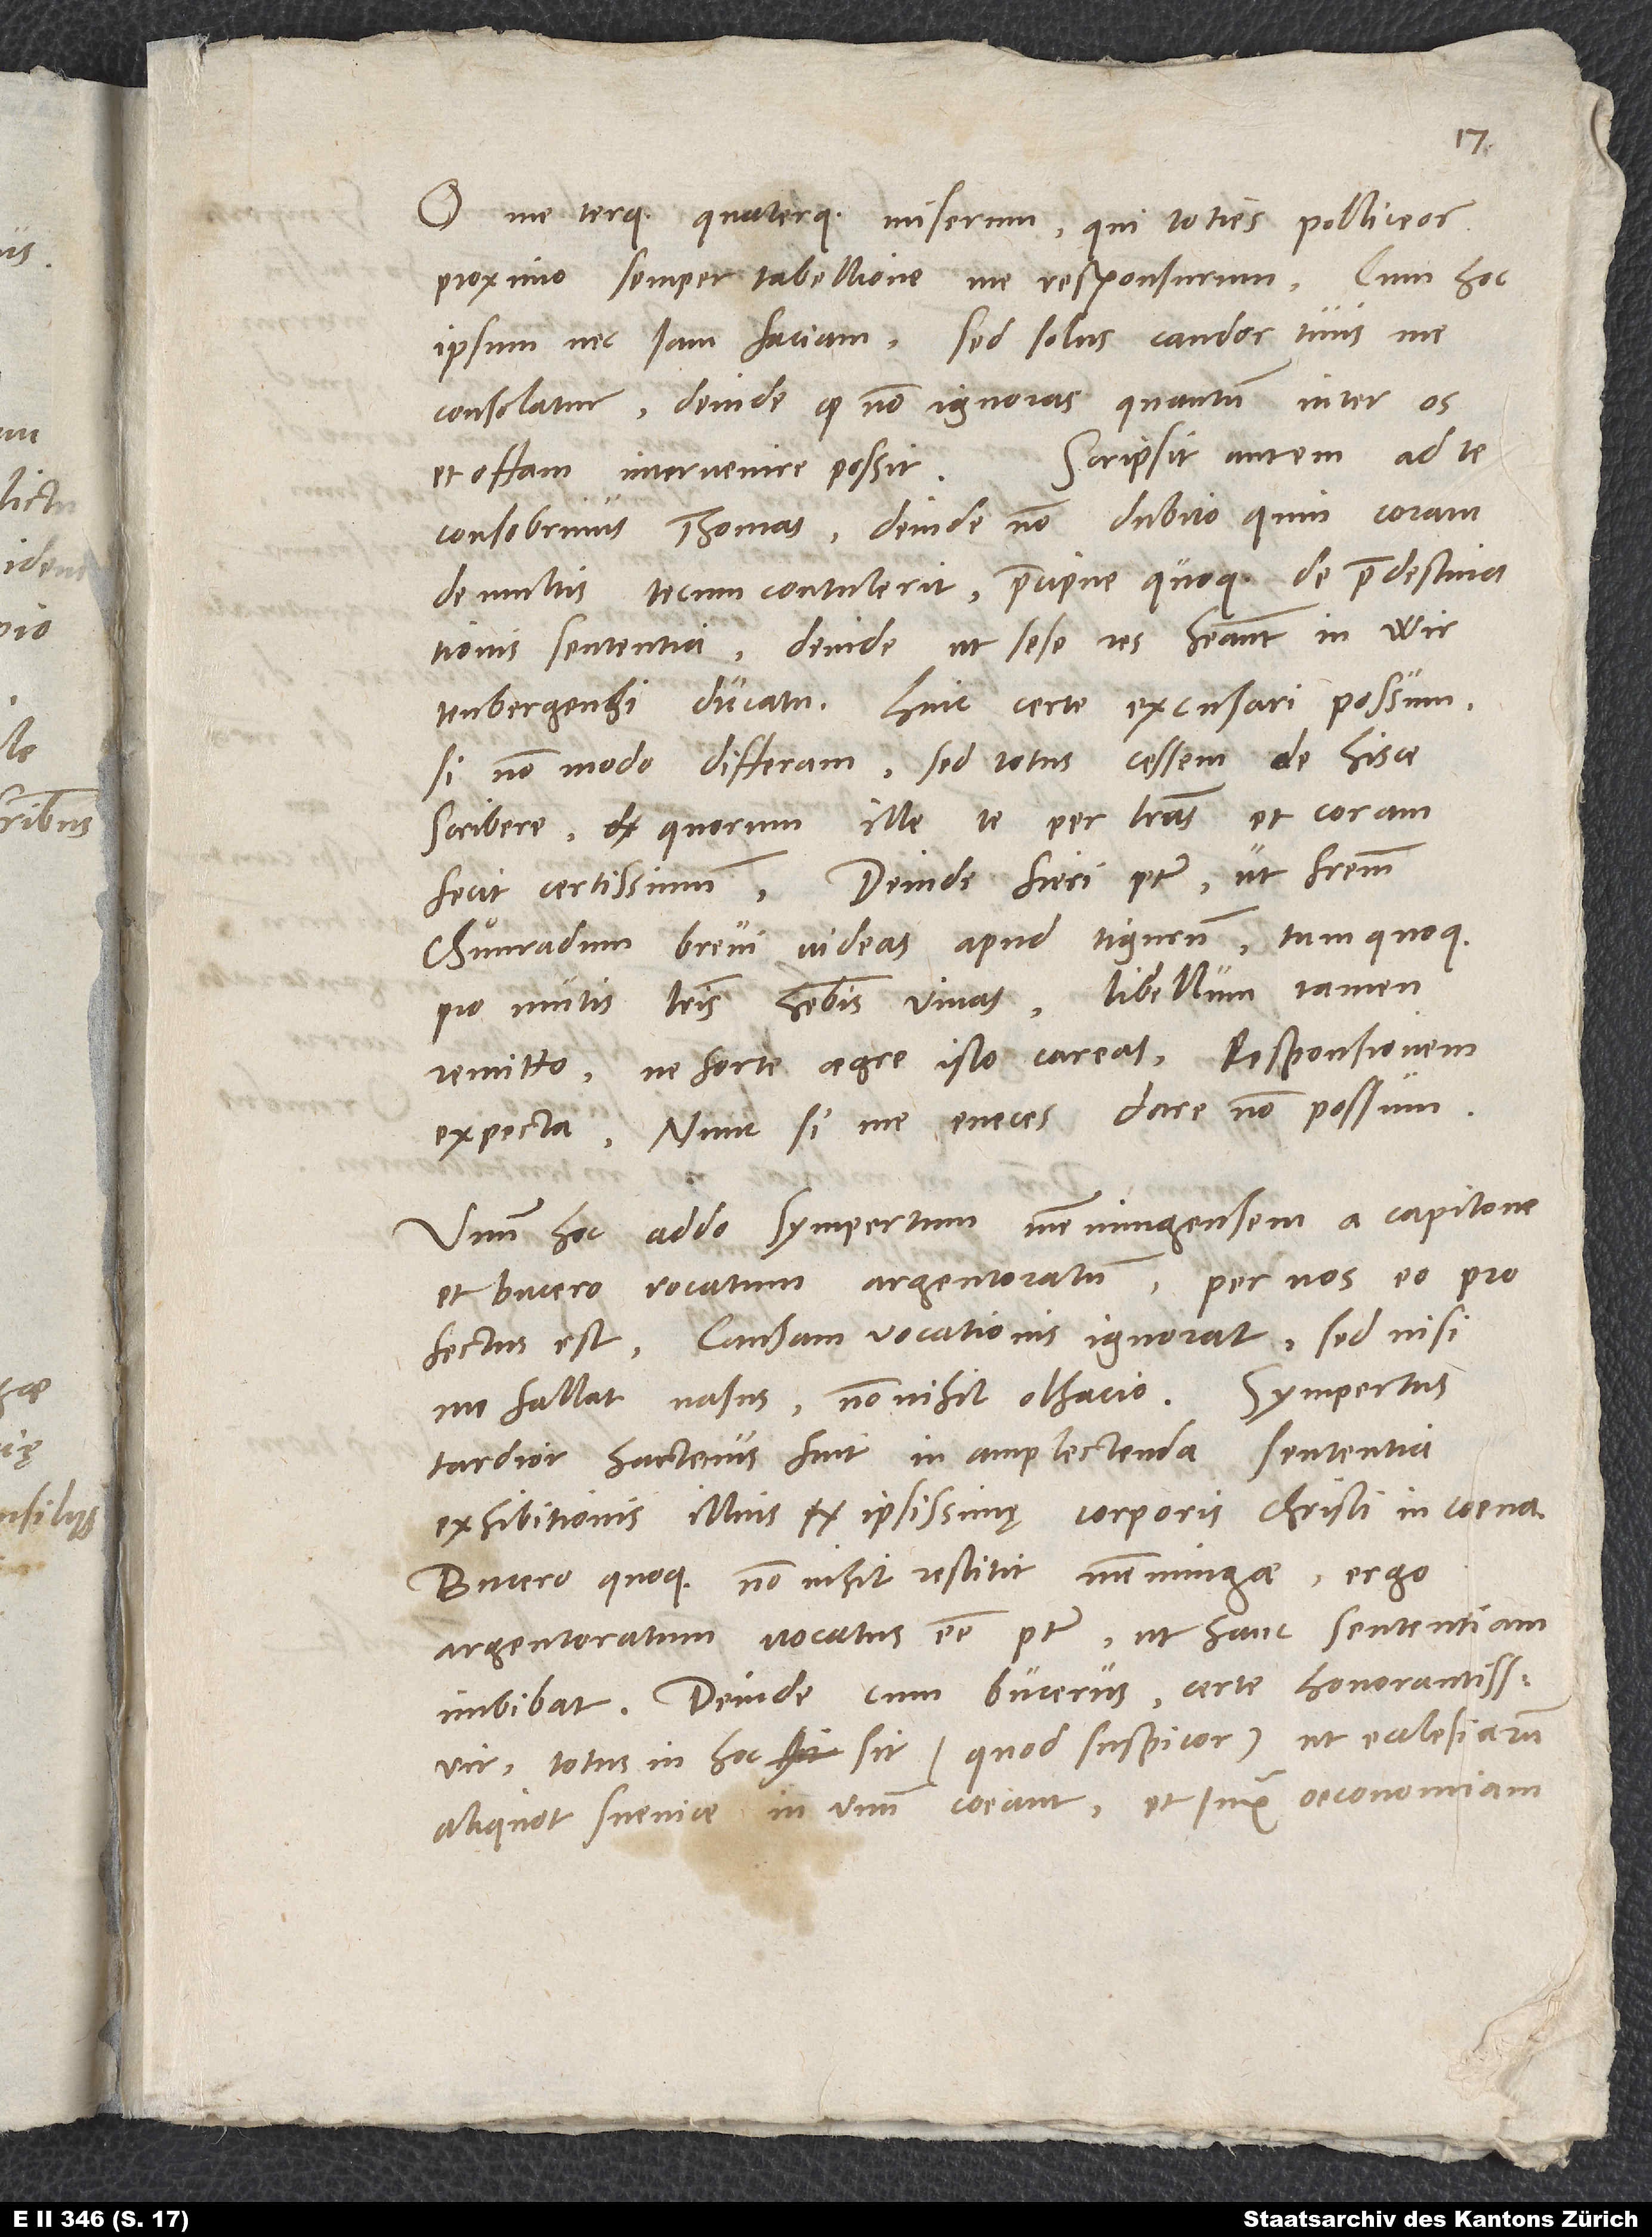
O me terque quaterque miserum, qui toties polliceor
proximo semper tabellione me responsurum, cum hoc
ipsum nec iam faciam. Sed solus candor tuus me
consolatur, deinde, quod non ignoras, quantum inter os
Scripsit autem ad te
et offam intervenire possit.
consobrinus Thomas. Deinde non dubito, quin coram
de multis tecum contulerit, praecipue quoque de praedestinationis
sententia, deinde, ut sese res habeant in
Wirtenbergensi ducatu. Hinc certe excusari possum,
si non modo differam, sed totus cessem de hisce
scribere, quorum ille te per literas et coram
fecit certissimum. Deinde fieri potest, ut fratrem
Chuͦnradum brevi videas apud Tigurum. Tum quoque
pro mutis literis habebis vivas. Libellum tamen
remitto, ne forte aegre isto careas. Responsionem
expecta. Nunc, si me eneces, dare non possum.
Unum hoc addo, Sympertum Memmingensem a Capitone
et Bucero vocatum Argentoratum. Per nos eo
profectus est. Causam vocationis ignorat, sed nisi
me fallat nasus, non nihil olfacio. Sympertus
tardior hactenus fuit in amplectenda sententia
exhibitionis illius ipsissimę corporis Christi in coena,
Bucero quoque non nihil restitit Memmingae; ergo
Argentoratum vocatus esse potest, ut hanc sententiam
imbibat. Deinde, cum Bucerus, certe honorantissimus
vir, totus in hoc sit (quod suspicor), ut ecclesiarum
aliquot Sveviae in unum coeant et iuxta oeconomiam